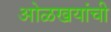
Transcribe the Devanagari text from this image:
ओळखयांची